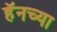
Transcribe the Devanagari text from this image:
हॅनच्या